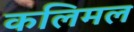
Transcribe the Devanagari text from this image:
कलिमल